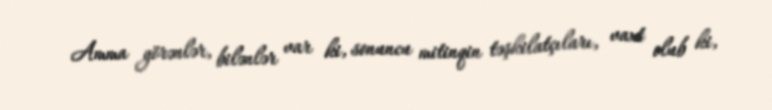
Amma görənlər, bilənlər var ki, sonuncu mitinqin təşkilatçıları, vaxt olub ki,